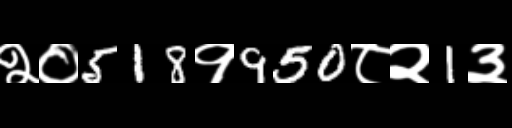
Text: २०518१950८२1३